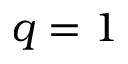
q = 1